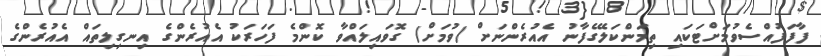
ފާފަފުއްސެވުމަށްޓަކައި ތިމަންކަލޭގެފާނު އެއުރެންނަށް (ވުމަށް) ގޮވައިލައްވާ ކޮންމެ ފަހަރަކު އެއުރެންގެ އިނގިލިތައް އެއުރެންގެ